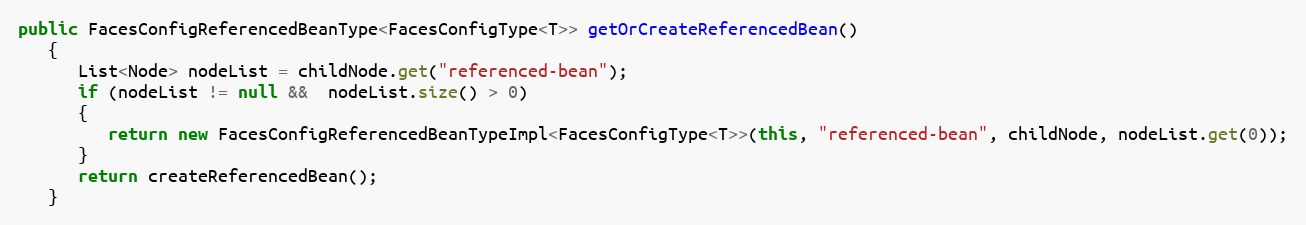
Language: Java
public FacesConfigReferencedBeanType<FacesConfigType<T>> getOrCreateReferencedBean()
   {
      List<Node> nodeList = childNode.get("referenced-bean");
      if (nodeList != null &&  nodeList.size() > 0)
      {
         return new FacesConfigReferencedBeanTypeImpl<FacesConfigType<T>>(this, "referenced-bean", childNode, nodeList.get(0));
      }
      return createReferencedBean();
   }